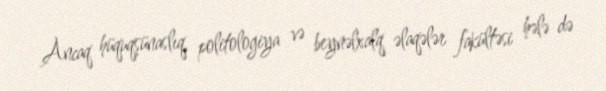
Ancaq hüquqşünaslıq, politologiya və beynəlxalq əlaqələr fakültəsi hələ də